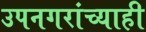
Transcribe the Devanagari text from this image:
उपनगरांच्याही